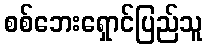
စစ်ဘေးရှောင်ပြည်သူ